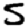
Digit: 5